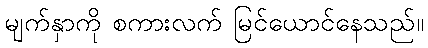
မျက်နှာကို စကားလက် မြင်ယောင်နေသည်။